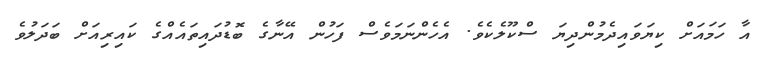
އާ ހަމައަށް ކިޔަވައިދެމުންދިޔަ ސްކޫލެކެވެ. އެހެންނަމަވެސް ފަހުން އޭނާގެ ބޮޑުދައިތައެއްގެ ކައިރިއަށް ބަދަލުވެ